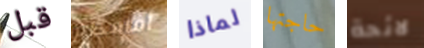
قبل أمامكم لماذا حاجتها لائحة